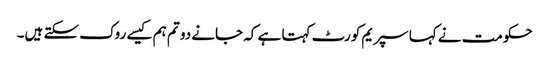
حکومت نے کہا سپریم کورٹ کہتا ہے کہ جانے دو تم ہم کیسے روک سکتے ہیں۔